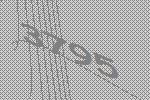
3795